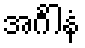
အင်္ဂါနံ